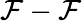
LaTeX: \mathcal{F}-\mathcal{F}